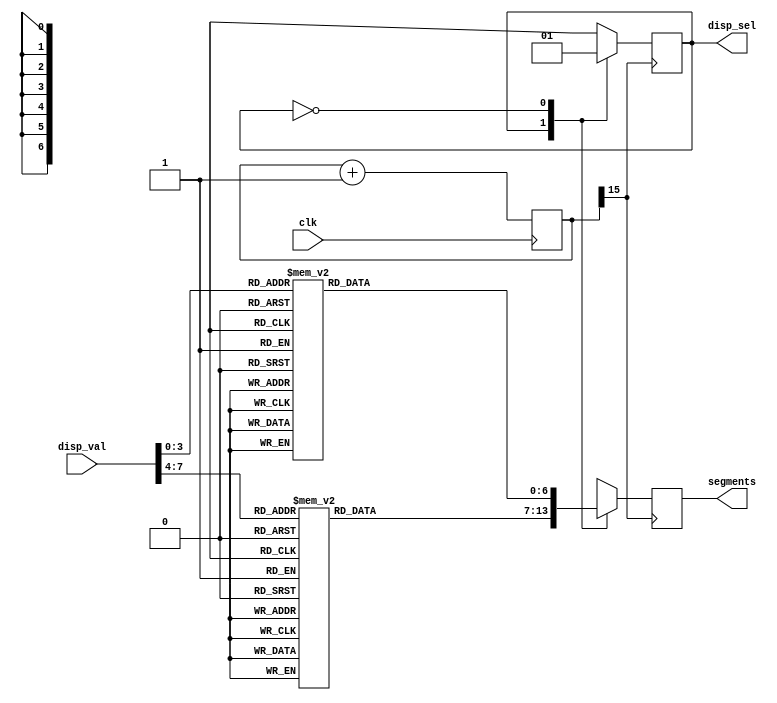
module seven_segment(
	input clk, 
    input [7:0] disp_val,
    output reg disp_sel,
    output reg [6:0] segments
);
    // Split byte into nibble for each display
    wire [7:0] nibblein0, nibblein1;
    assign nibblein0 = disp_val [3:0];
    assign nibblein1 = disp_val [7:4];

    // Clock for switching displays
    reg [15:0] counter = 0;
    always @(posedge clk)
        counter <= counter+1;

    // Mux Displays
    always @(posedge counter[15])
        case (disp_sel)
            1:begin
                segments<=segout1;
                disp_sel <= 0;
                end
            0:begin
                segments<=segout0;
                disp_sel <= 1;
                end
        endcase

    // Nibble to segement pins
    reg [6:0] segout0;
    reg [6:0] segout1;

    always @*
        case (nibblein0)
            4'h0: segout0 = ~7'b0111111;
            4'h1: segout0 = ~7'b0000110;
            4'h2: segout0 = ~7'b1011011;
            4'h3: segout0 = ~7'b1001111;
            4'h4: segout0 = ~7'b1100110;
            4'h5: segout0 = ~7'b1101101;
            4'h6: segout0 = ~7'b1111101;
            4'h7: segout0 = ~7'b0000111;
            4'h8: segout0 = ~7'b1111111;
            4'h9: segout0 = ~7'b1100111;
            4'hA: segout0 = ~7'b1110111;
            4'hB: segout0 = ~7'b1111100;
            4'hC: segout0 = ~7'b0111001;
            4'hD: segout0 = ~7'b1011110;
            4'hE: segout0 = ~7'b1111001;
            4'hF: segout0 = ~7'b1110001;
            // default case happens whenever an undefined input occurs...
            default: segout0 = ~7'b1001001;
        endcase

    always @*
        case (nibblein1)
            4'h0: segout1 = ~7'b0111111;
            4'h1: segout1 = ~7'b0000110;
            4'h2: segout1 = ~7'b1011011;
            4'h3: segout1 = ~7'b1001111;
            4'h4: segout1 = ~7'b1100110;
            4'h5: segout1 = ~7'b1101101;
            4'h6: segout1 = ~7'b1111101;
            4'h7: segout1 = ~7'b0000111;
            4'h8: segout1 = ~7'b1111111;
            4'h9: segout1 = ~7'b1100111;
            4'hA: segout1 = ~7'b1110111;
            4'hB: segout1 = ~7'b1111100;
            4'hC: segout1 = ~7'b0111001;
            4'hD: segout1 = ~7'b1011110;
            4'hE: segout1 = ~7'b1111001;
            4'hF: segout1 = ~7'b1110001;
            // default case happens whenever an undefined input occurs...
            default: segout1 = ~7'b1001001;
        endcase

endmodule